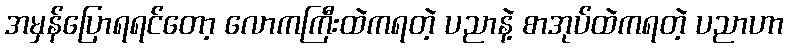
အမှန်ပြောရရင်တော့ လောကကြီးထဲကရတဲ့ ပညာနဲ့ စာအုပ်ထဲကရတဲ့ ပညာဟာ